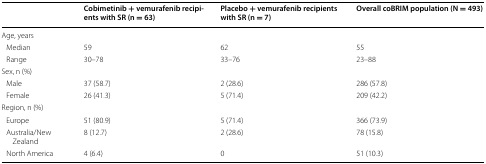
<table><thead><tr><td></td><td><b>Cobimetinib + vemurafenib recipients with SR (n = 63)</b></td><td><b>Placebo + vemurafenib recipients with SR (n = 7)</b></td><td><b>Overall coBRIM population (N = 493)</b></td></tr></thead><tbody><tr><td colspan="4">Age, years</td></tr><tr><td> Median</td><td>59</td><td>62</td><td>55</td></tr><tr><td> Range</td><td>30–78</td><td>33–76</td><td>23–88</td></tr><tr><td colspan="4">Sex, n (%)</td></tr><tr><td> Male</td><td>37 (58.7)</td><td>2 (28.6)</td><td>286 (57.8)</td></tr><tr><td> Female</td><td>26 (41.3)</td><td>5 (71.4)</td><td>209 (42.2)</td></tr><tr><td colspan="4">Region, n (%)</td></tr><tr><td> Europe</td><td>51 (80.9)</td><td>5 (71.4)</td><td>366 (73.9)</td></tr><tr><td> Australia/New Zealand</td><td>8 (12.7)</td><td>2 (28.6)</td><td>78 (15.8)</td></tr><tr><td> North America</td><td>4 (6.4)</td><td>0</td><td>51 (10.3)</td></tr></tbody></table>